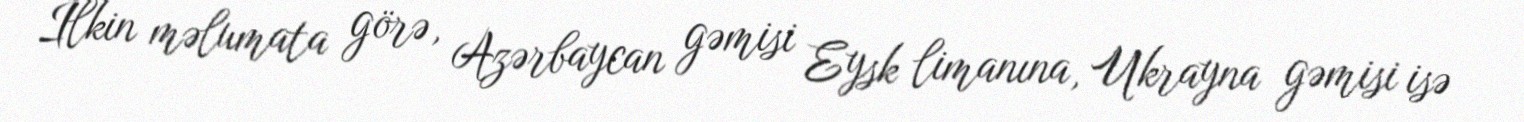
İlkin məlumata görə, Azərbaycan gəmisi Eysk limanına, Ukrayna gəmisi isə